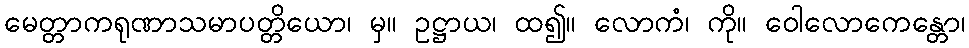
မေတ္တာကရုဏာသမာပတ္တိယော၊ မှ။ ဥဋ္ဌာယ၊ ထ၍။ လောကံ၊ ကို။ ဝေါလောကေန္တော၊